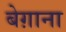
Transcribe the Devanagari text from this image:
बेग़ाना